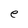
Character: e